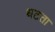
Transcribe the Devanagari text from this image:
धटता